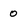
Character: o